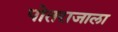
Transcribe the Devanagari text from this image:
पोतराजाला